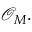
{ \mathcal { O } } _ { M } .